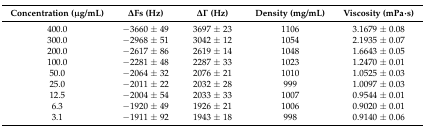
<table><thead><tr><td><b>Concentration (μg/mL)</b></td><td><b>ΔFs (Hz)</b></td><td><b>ΔΓ (Hz)</b></td><td><b>Density (mg/mL)</b></td><td><b>Viscosity (mPa·s)</b></td></tr></thead><tbody><tr><td>400.0</td><td>−3660 ± 49</td><td>3697 ± 23</td><td>1106</td><td>3.1679 ± 0.08</td></tr><tr><td>300.0</td><td>−2968 ± 51</td><td>3042 ± 12</td><td>1054</td><td>2.1935 ± 0.07</td></tr><tr><td>200.0</td><td>−2617 ± 86</td><td>2619 ± 14</td><td>1048</td><td>1.6643 ± 0.05</td></tr><tr><td>100.0</td><td>−2281 ± 48</td><td>2287 ± 33</td><td>1023</td><td>1.2470 ± 0.01</td></tr><tr><td>50.0</td><td>−2064 ± 32</td><td>2076 ± 21</td><td>1010</td><td>1.0525 ± 0.03</td></tr><tr><td>25.0</td><td>−2011 ± 22</td><td>2032 ± 28</td><td>999</td><td>1.0097 ± 0.03</td></tr><tr><td>12.5</td><td>−2004 ± 54</td><td>2033 ± 33</td><td>1007</td><td>0.9544 ± 0.01</td></tr><tr><td>6.3</td><td>−1920 ± 49</td><td>1926 ± 21</td><td>1006</td><td>0.9020 ± 0.01</td></tr><tr><td>3.1</td><td>−1911 ± 92</td><td>1943 ± 18</td><td>998</td><td>0.9140 ± 0.06</td></tr></tbody></table>